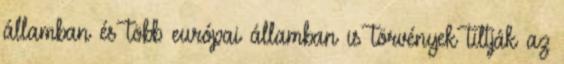
államban és több európai államban is törvények tiltják az